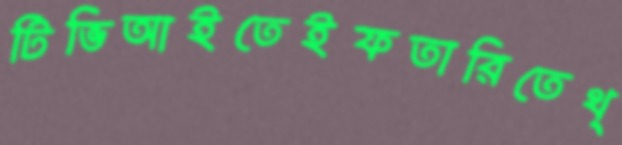
টিভিআইতেইফতারিতেথ্